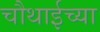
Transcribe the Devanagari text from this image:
चौथाईच्या